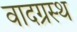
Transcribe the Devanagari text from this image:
वादग्रस्थ